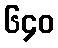
၆၄၀